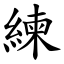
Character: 練